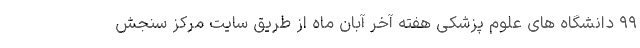
۹۹ دانشگاه های علوم پزشکی هفته آخر آبان ماه از طریق سایت مرکز سنجش